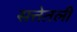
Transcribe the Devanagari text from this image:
सत्तेतली